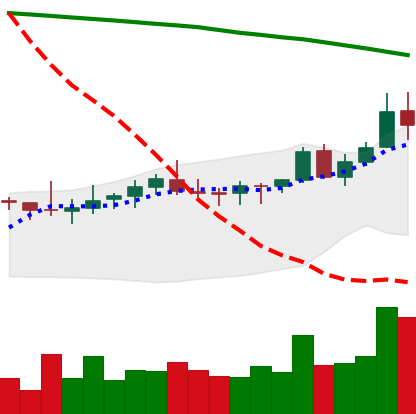
Ticker: XLM-USD
Chart end date: 2021-08-12
Forward return: 4.372%
Label: up_3_5